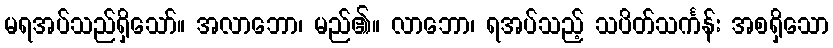
မရအပ်သည်ရှိသော်။ အလာဘော၊ မည်၏။ လာဘော၊ ရအပ်သည့် သပိတ်သင်္ကန်း အစရှိသော